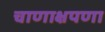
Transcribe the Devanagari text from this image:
चाणाक्षपणा